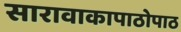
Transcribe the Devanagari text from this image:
सारावाकापाठोपाठ